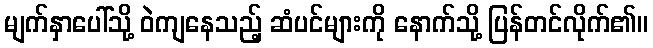
မျက်နှာပေါ်သို့ ဝဲကျနေသည့် ဆံပင်များကို နောက်သို့ ပြန်တင်လိုက်၏။